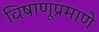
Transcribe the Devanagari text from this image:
विषाणूप्रमाणे